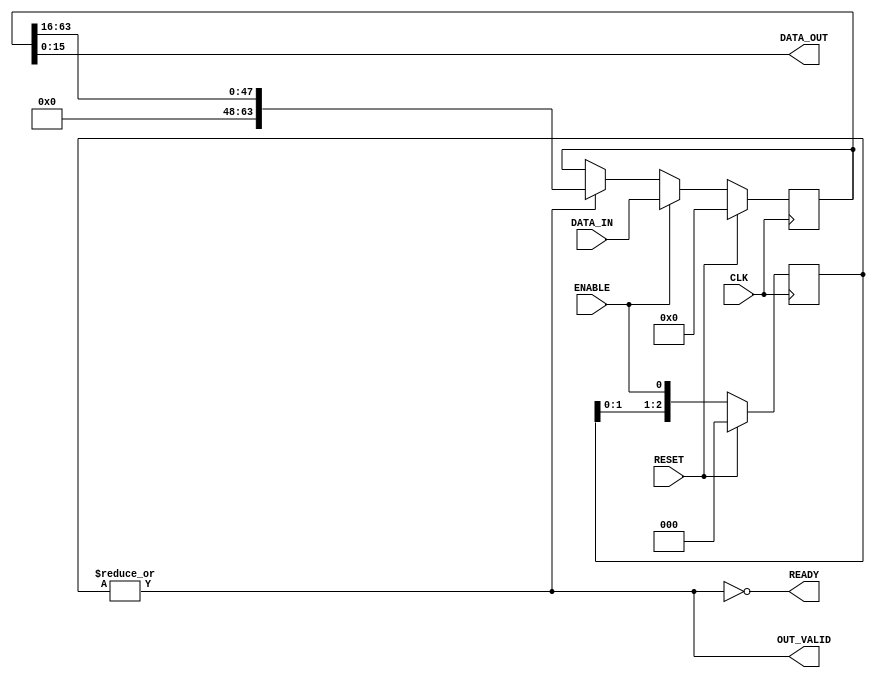
//`timescale 1ns/1ps
module piso_norm 
#( // INPUT PARAMETERS
    parameter integer DATA_IN_WIDTH  = 64,
    parameter integer DATA_OUT_WIDTH = 16
)( // PORTS
    input  wire                         CLK,
    input  wire                         RESET,
    input  wire                         ENABLE,
    input  wire [DATA_IN_WIDTH -1 : 0]  DATA_IN,
    output wire                         READY,
    output wire [DATA_OUT_WIDTH -1 : 0] DATA_OUT,
    output wire                         OUT_VALID
);

// ******************************************************************
// LOCALPARAMS
// ******************************************************************
    localparam integer NUM_SHIFTS = DATA_IN_WIDTH / DATA_OUT_WIDTH - 1;
// ******************************************************************

// ******************************************************************
// WIRES and REGS
// ******************************************************************
  reg [NUM_SHIFTS -1    : 0]  shift_count;
  reg [DATA_IN_WIDTH -1 : 0]  serial;
// ******************************************************************

  assign OUT_VALID = |shift_count;
  assign READY = !(OUT_VALID);

  assign DATA_OUT = serial [DATA_OUT_WIDTH-1:0];

  always @(posedge CLK)
  begin: SHIFTER_COUNT
    if (RESET)
      shift_count <= 0;
    else
      shift_count <= {shift_count[NUM_SHIFTS-2:0], ENABLE};
  end

always @(posedge CLK)
begin: DATA_SHIFT
    if (RESET)
        serial <= 0;
    else begin
        if (ENABLE)
            serial <= DATA_IN;
        else if (OUT_VALID)
            serial <= {{DATA_OUT_WIDTH{1'b0}}, serial[DATA_IN_WIDTH-1:DATA_OUT_WIDTH]};
    end
end

endmodule

//reg rst;
//reg en;
//reg [63:0] din;
//wire rdy;
//wire [15:0] dout;
//wire outvalid;
//
//
//piso_norm tpn(clock.val, rst, en, din, rdy, dout, outvalid);